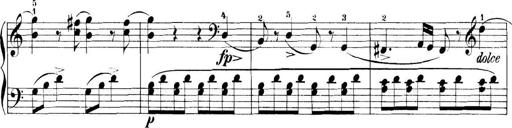
Title: 11 Sonatinas
Composer: Anton Diabelli